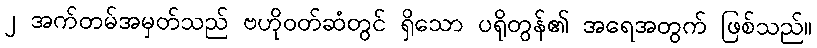
၂ အက်တမ်အမှတ်သည် ဗဟိုဝတ်ဆံတွင် ရှိသော ပရိုတွန်၏ အရေအတွက် ဖြစ်သည်။